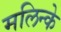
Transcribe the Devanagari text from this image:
मलिन्के